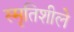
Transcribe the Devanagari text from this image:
स्मृतिशीले